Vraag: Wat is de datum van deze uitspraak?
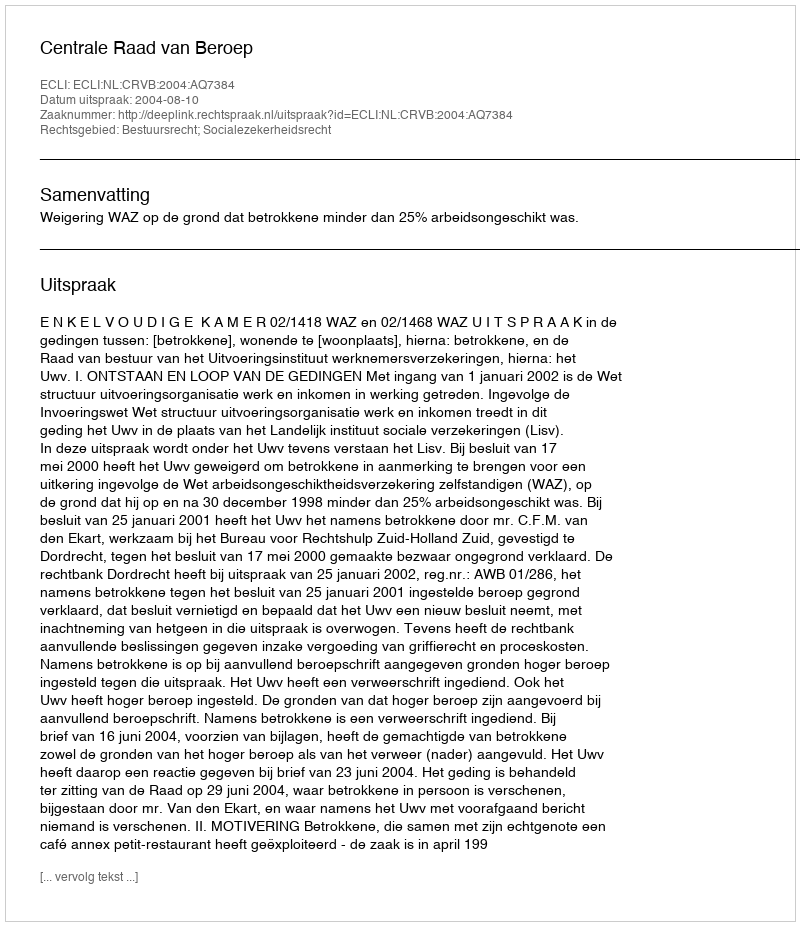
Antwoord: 2004-08-10